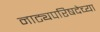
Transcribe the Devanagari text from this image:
नाट्यपरिषदेच्या